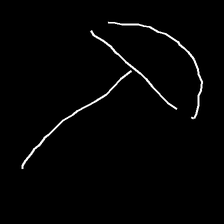
Glyph: dispersion